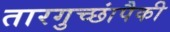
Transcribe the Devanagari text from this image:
तारगुच्छांपैकी